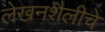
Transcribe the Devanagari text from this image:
लेखनशैलीचे